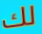
لك